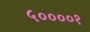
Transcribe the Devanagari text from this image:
५००००१